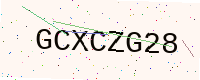
Text: GCXCZG28